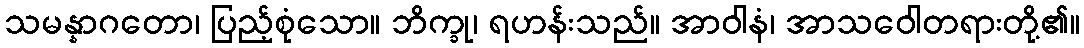
သမန္နာဂတော၊ ပြည့်စုံသော။ ဘိက္ခု၊ ရဟန်းသည်။ အာဝါနံ၊ အာသဝေါတရားတို့၏။